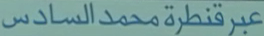
عبرقنطرةمحمدالسادس